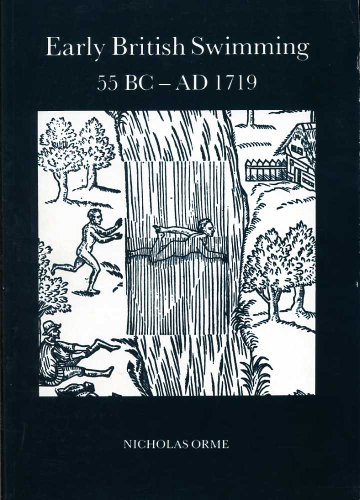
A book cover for Early British Swimming 55BC-AD1719 (Exeter Maritime Studies); Nicholas Orme; Sports & Outdoors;